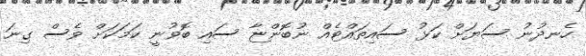
ހެނދުނު ސަޔަށް ކަޅު ސައިތައްޓެއް ނުބޮންޏާ ސައި ބޮވުނީ ކަމަކަށް ވެސް ގިނަ